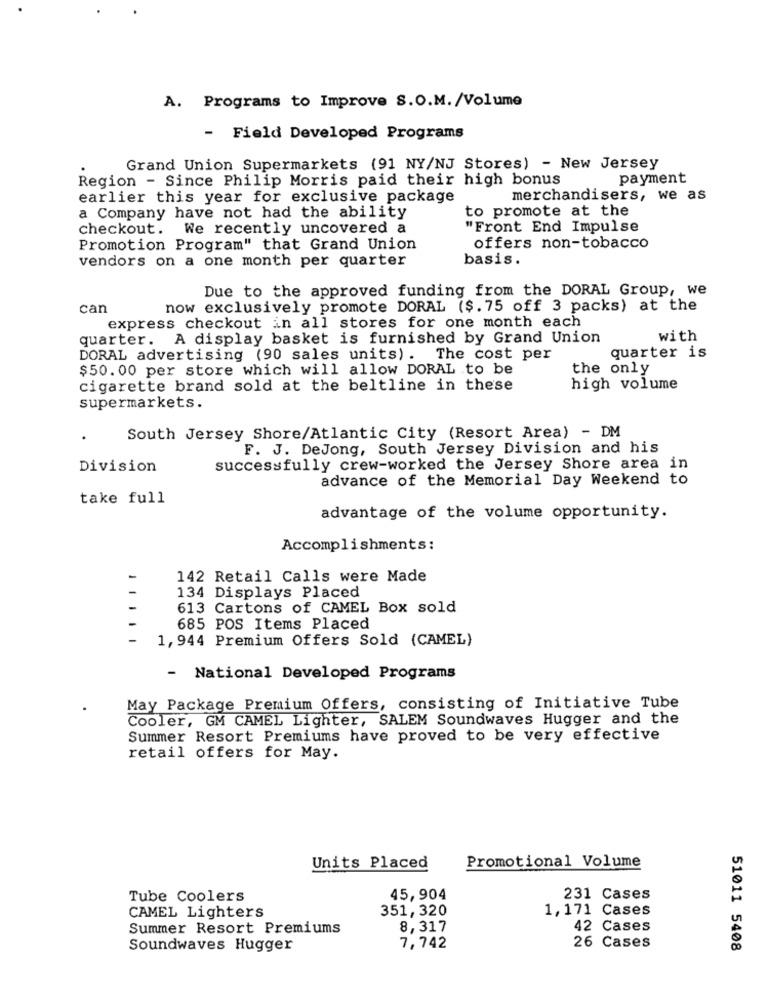
A. Programs to Improve S.O.M. /Volume
- Field Developed Programs
Grand Union Supermarkets (91 NY/NJ Stores) - New Jersey
Region - Since Philip Morris paid their high bonus
payment
earlier this year for exclusive package
merchandisers, we as
to promote at the
a Company have not had the ability
checkout. We recently uncovered a
"Front End Impulse
Promotion Program" that Grand Union
offers non-tobacco
vendors on a one month per quarter
basis.
Due to the approved funding from the DORAL Group, we
can
now exclusively promote DORAL ($. 75 off 3 packs) at the
express checkout in all stores for one month each
quarter. A display basket is furnished by Grand Union
with
quarter is
DORAL advertising (90 sales units). The cost per
$50.00 per store which will allow DORAL to be
the only
cigarette brand sold at the beltline in these
high volume
supermarkets.
South Jersey Shore/Atlantic City (Resort Area) - DM
F. J. DeJong, South Jersey Division and his
Division
successfully crew-worked the Jersey Shore area in
advance of the Memorial Day Weekend to
take full
advantage of the volume opportunity.
Accomplishments:
142 Retail Calls were Made
134 Displays Placed
613 Cartons of CAMEL Box sold
685 POS Items Placed
1, 944 Premium Offers Sold (CAMEL)
National Developed Programs
May Package Premium Offers, consisting of Initiative Tube
Cooler, GM CAMEL Lighter, SALEM Soundwaves Hugger and the
Summer Resort Premiums have proved to be very effective
retail offers for May.
Promotional Volume
Units Placed
Tube Coolers
45,904
231 Cases
CAMEL Lighters
351, 320
1,171 Cases
Summer Resort Premiums
8,317
42 Cases
Soundwaves Hugger
7,742
26 Cases
51011 5408